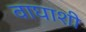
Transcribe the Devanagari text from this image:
वाघाशी